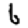
Digit: 6